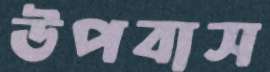
উপবাস